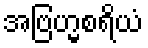
အဗြဟ္မစရိယံ